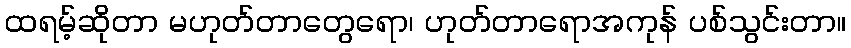
ထရမ့်ဆိုတာ မဟုတ်တာတွေရော၊ ဟုတ်တာရောအကုန် ပစ်သွင်းတာ။